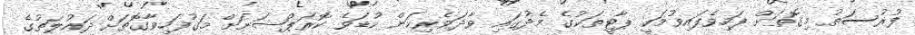
ފުރުސަތު މިގޮތަށް ފަހިވެފައިވުމަކީ ޕާޓީތަކުގެ މެދުގައި ވާދަވެރިކަން ކުޑަވެ ކޮރަޕްޝަނަށް މަގުފަހިވާގޮތަށް ދައުލަތުގެ